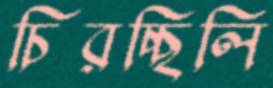
চিরচ্ছিলি